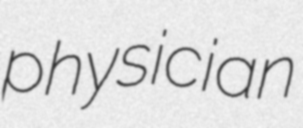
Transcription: physician